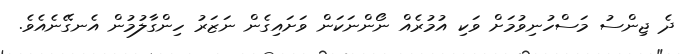
ދެ ޖިންސު މަސްހުނިވުމަށް ވަކި އުމުރެއް ނޯންނަކަން ވަށައިގެން ނަޒަރު ހިންގާލުމުން އެނގޭނެއެވެ.